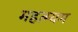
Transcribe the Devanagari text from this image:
महत्म्यम